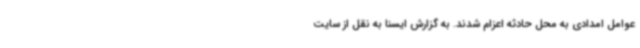
عوامل امدادی به محل حادثه اعزام شدند. به گزارش ایسنا به نقل از سایت